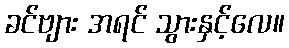
ခင်ဗျား အရင် သွားနှင့်လေ။